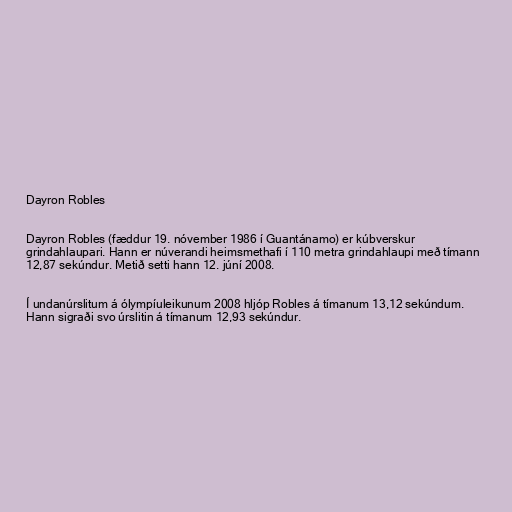
Dayron Robles

Dayron Robles (fæddur 19. nóvember 1986 í Guantánamo) er kúbverskur
grindahlaupari. Hann er núverandi heimsmethafi í 110 metra grindahlaupi með tímann
12,87 sekúndur. Metið setti hann 12. júní 2008.

Í undanúrslitum á ólympíuleikunum 2008 hljóp Robles á tímanum 13,12 sekúndum.
Hann sigraði svo úrslitin á tímanum 12,93 sekúndur.